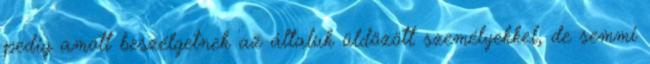
pedig amott beszélgetnek az általuk üldözött személyekkel, de semmi